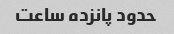
حدود پانزده ساعت